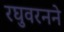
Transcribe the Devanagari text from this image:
रघुवरनने